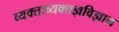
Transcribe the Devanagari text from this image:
व्यक्ताव्यक्तज्ञविज्ञान